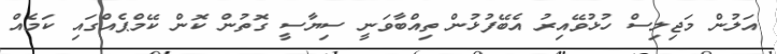
އަލުން މަޖިލިސް ހުޅުވޭއިރު އެބޭފުޅުން ތިއްބާވަނީ ސިޔާސީ ގޮތުން ކޮން ކޭމްޕެއްގައި ކަމެއް